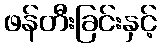
ဖန်တီးခြင်းနှင့်